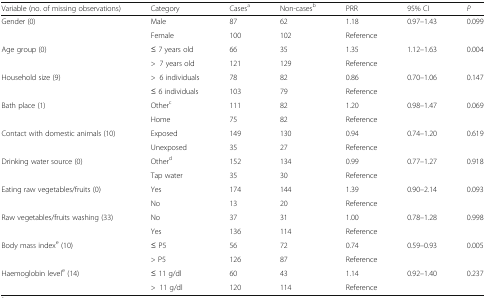
| Variable (no. of missing observations) | Category | Casesa | Non-casesb | PRR | 95% CI | P |
 | --- | --- | --- | --- | --- | --- | --- |
 | <ROWSPAN=2> Gender (0) | Male | 87 | 62 | 1.18 | 0.97–1.43 | 0.099 |
 | Female | 100 | 102 | Reference |  |  |
 | <ROWSPAN=2> Age group (0) | ≤ 7 years old | 66 | 35 | 1.35 | 1.12–1.63 | 0.004 |
 | >7 years old | 121 | 129 | Reference |  |  |
 | <ROWSPAN=2> Household size (9) | >6 individuals | 78 | 82 | 0.86 | 0.70–1.06 | 0.147 |
 | ≤ 6 individuals | 103 | 79 | Reference |  |  |
 | <ROWSPAN=2> Bath place (1) | Otherc | 111 | 82 | 1.20 | 0.98–1.47 | 0.069 |
 | Home | 75 | 82 | Reference |  |  |
 | <ROWSPAN=2> Contact with domestic animals (10) | Exposed | 149 | 130 | 0.94 | 0.74–1.20 | 0.619 |
 | Unexposed | 35 | 27 | Reference |  |  |
 | <ROWSPAN=2> Drinking water source (0) | Otherd | 152 | 134 | 0.99 | 0.77–1.27 | 0.918 |
 | Tap water | 35 | 30 | Reference |  |  |
 | <ROWSPAN=2> Eating raw vegetables/fruits (0) | Yes | 174 | 144 | 1.39 | 0.90–2.14 | 0.093 |
 | No | 13 | 20 | Reference |  |  |
 | <ROWSPAN=2> Raw vegetables/fruits washing (33) | No | 37 | 31 | 1.00 | 0.78–1.28 | 0.998 |
 | Yes | 136 | 114 | Reference |  |  |
 | <ROWSPAN=2> Body mass indexe (10) | ≤ P5 | 56 | 72 | 0.74 | 0.59–0.93 | 0.005 |
 | > P5 | 126 | 87 | Reference |  |  |
 | <ROWSPAN=2> Haemoglobin levele (14) | ≤ 11 g/dl | 60 | 43 | 1.14 | 0.92–1.40 | 0.237 |
 | >11 g/dl | 120 | 114 | Reference |  |  |